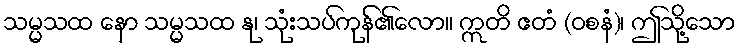
သမ္မသထ နော သမ္မသထ နု၊ သုံးသပ်ကုန်၏လော။ ဣတိ ဧတံ (ဝစနံ)၊ ဤသို့သော